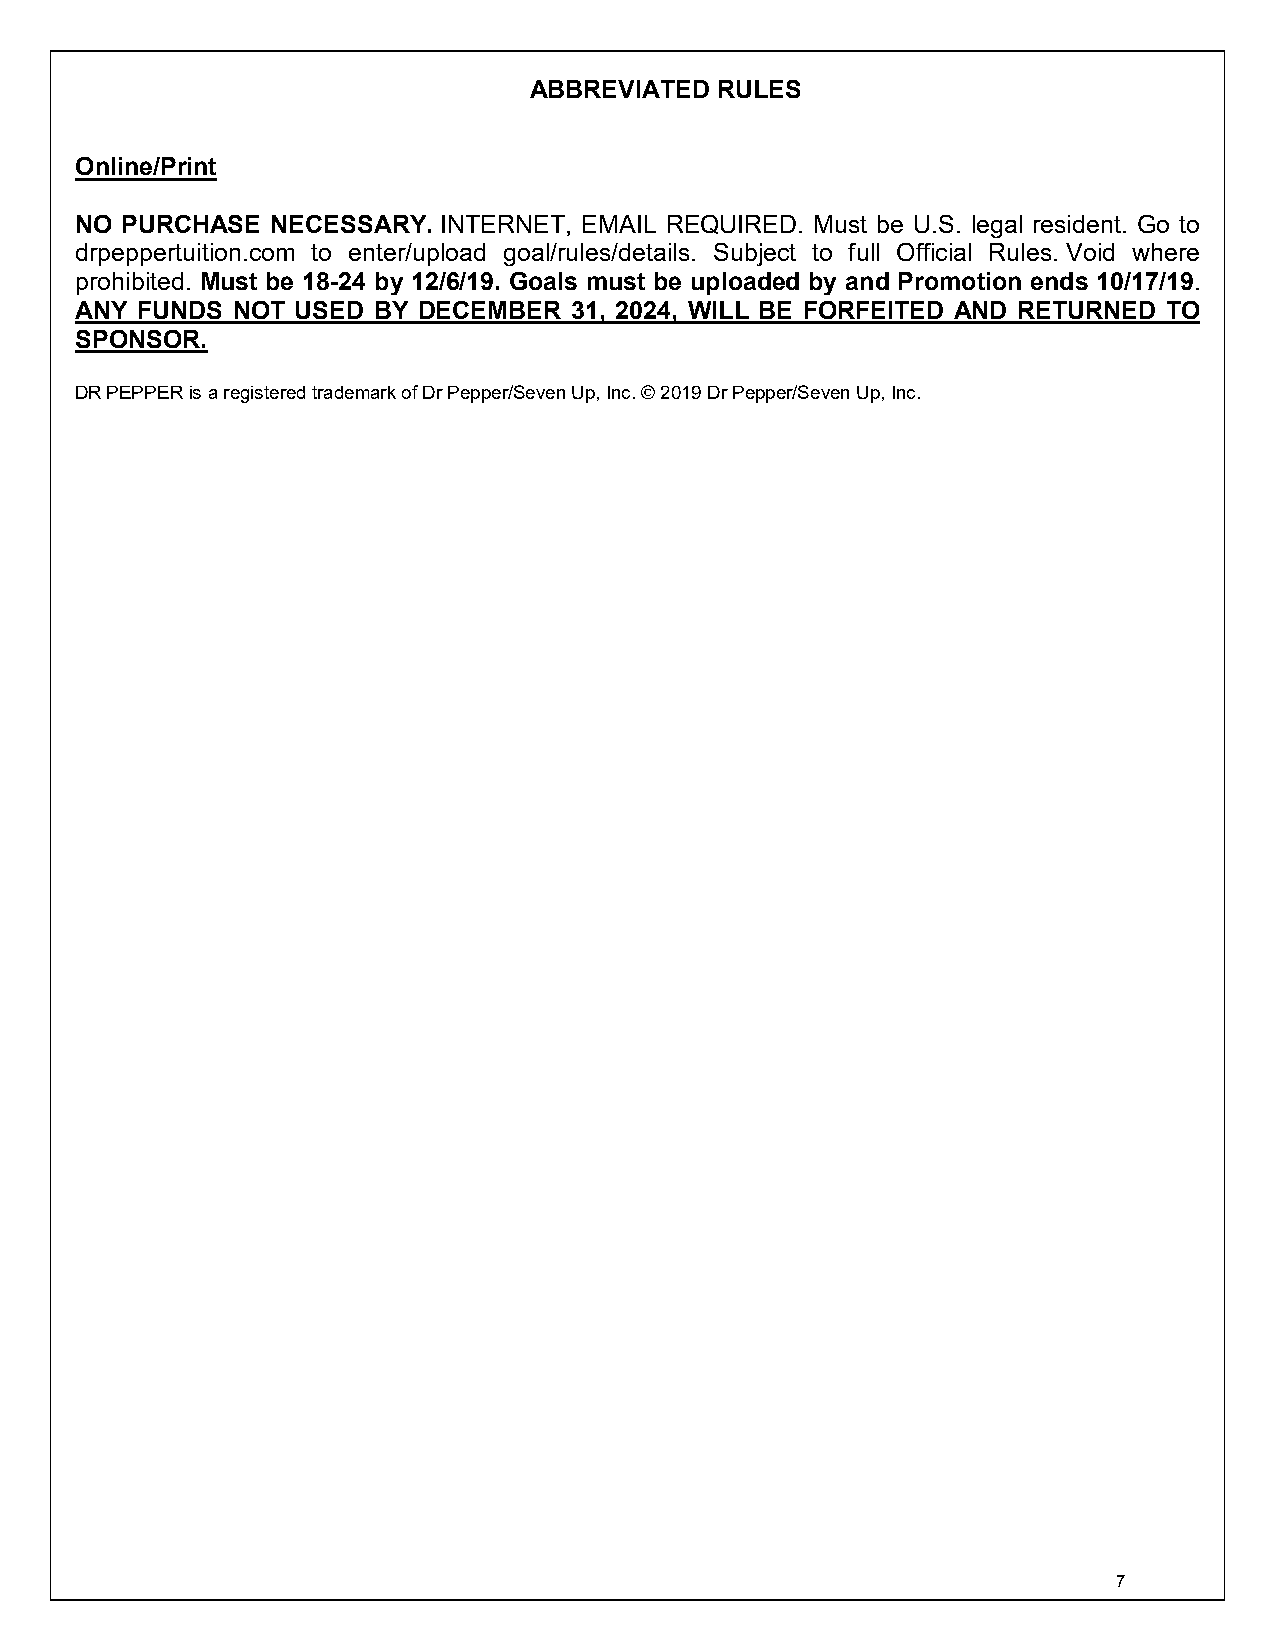
ABBREVIATED RULES
 Online/Print
 NO PURCHASE  NECESSARY. INTERNET, EMAIL REQUIRED. Must be U.S. legal resident. Go to
 drpeppertuition.com to enter/upload goal/rules/details. Subject to full Official Rules. Void where
 prohibited. Must be 18-24 by 12/6/19. Goals must be uploaded by and Promotion ends 10/17/19.
 ANY FUNDS NOT  USED BY DECEMBER  31, 2024, WILL BE FORFEITED AND RETURNED TO
 SPONSOR.
 DR PEPPER is a registered trademark of Dr Pepper/Seven Up, Inc. © 2019 Dr Pepper/Seven Up, Inc.
 7